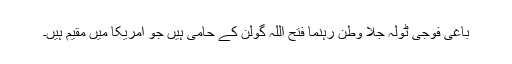
باغی فوجی ٹولہ جلا وطن رہنما فتح اللہ گولن کے حامی ہیں جو امریکا میں مقیم ہیں۔